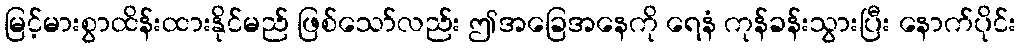
မြင့်မားစွာထိန်းထားနိုင်မည် ဖြစ်သော်လည်း ဤအခြေအနေကို ရေနံ ကုန်ခန်းသွားပြီး နောက်ပိုင်း